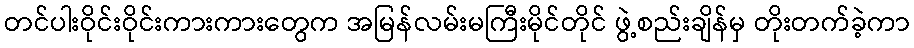
တင်ပါးဝိုင်းဝိုင်းကားကားတွေက အမြန်လမ်းမကြီးမိုင်တိုင် ဖွဲ့စည်းချိန်မှ တိုးတက်ခဲ့ကာ